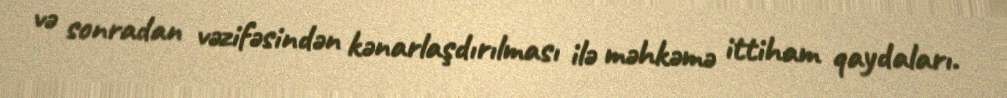
və sonradan vəzifəsindən kənarlaşdırılması ilə məhkəmə ittiham qaydaları.